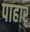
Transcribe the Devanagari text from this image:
पाहार्